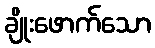
ချိုးဖောက်သော